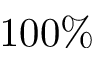
1 0 0 \%